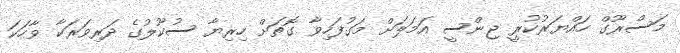
މަސްރޫގް ހައްޔަރުކުރީ ޖިންސީ އަމަލަށް މަގުފަހިވާ ގޮތަށް ހިރިޔާ ސުކޫލުގެ ދަރިވަރަކާ ވާހަކަ